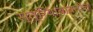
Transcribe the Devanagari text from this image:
स्त्रियांबाबतील